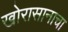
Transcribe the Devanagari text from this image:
खोरासानाचा